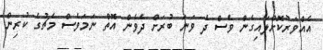
އެއްވަރުކޮށްލައިގެން ވެސް ދެ ވަނަ ބުރަށް ދެވެން އޮތް ނަމަވެސް މެޗުގެ ކުރިން